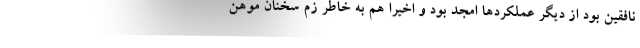
نافقین بود از دیگر عملکردها امجد بود و اخیرا هم به خاطر زم سخنان موهن